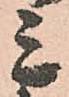
ミ